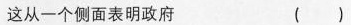
这从一个侧面表明政府 ()